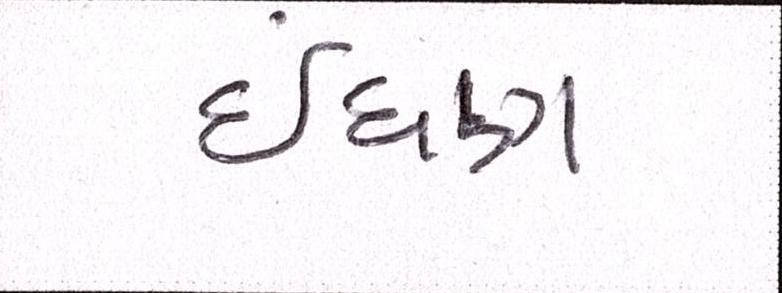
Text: ઈંધણ